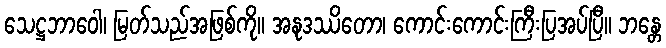
သေဋ္ဌဘာဝေါ၊ မြတ်သည်အဖြစ်ကို။ အနုဒဿိတော၊ ကောင်းကောင်းကြီးပြအပ်ပြီ။ ဘန္တေ